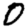
Digit: 0